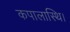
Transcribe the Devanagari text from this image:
कपालास्थि।